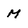
Character: M